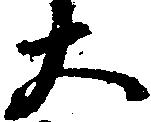
大